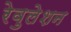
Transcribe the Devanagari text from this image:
रेवुलेशन